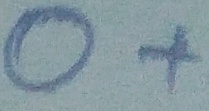
Text: O+